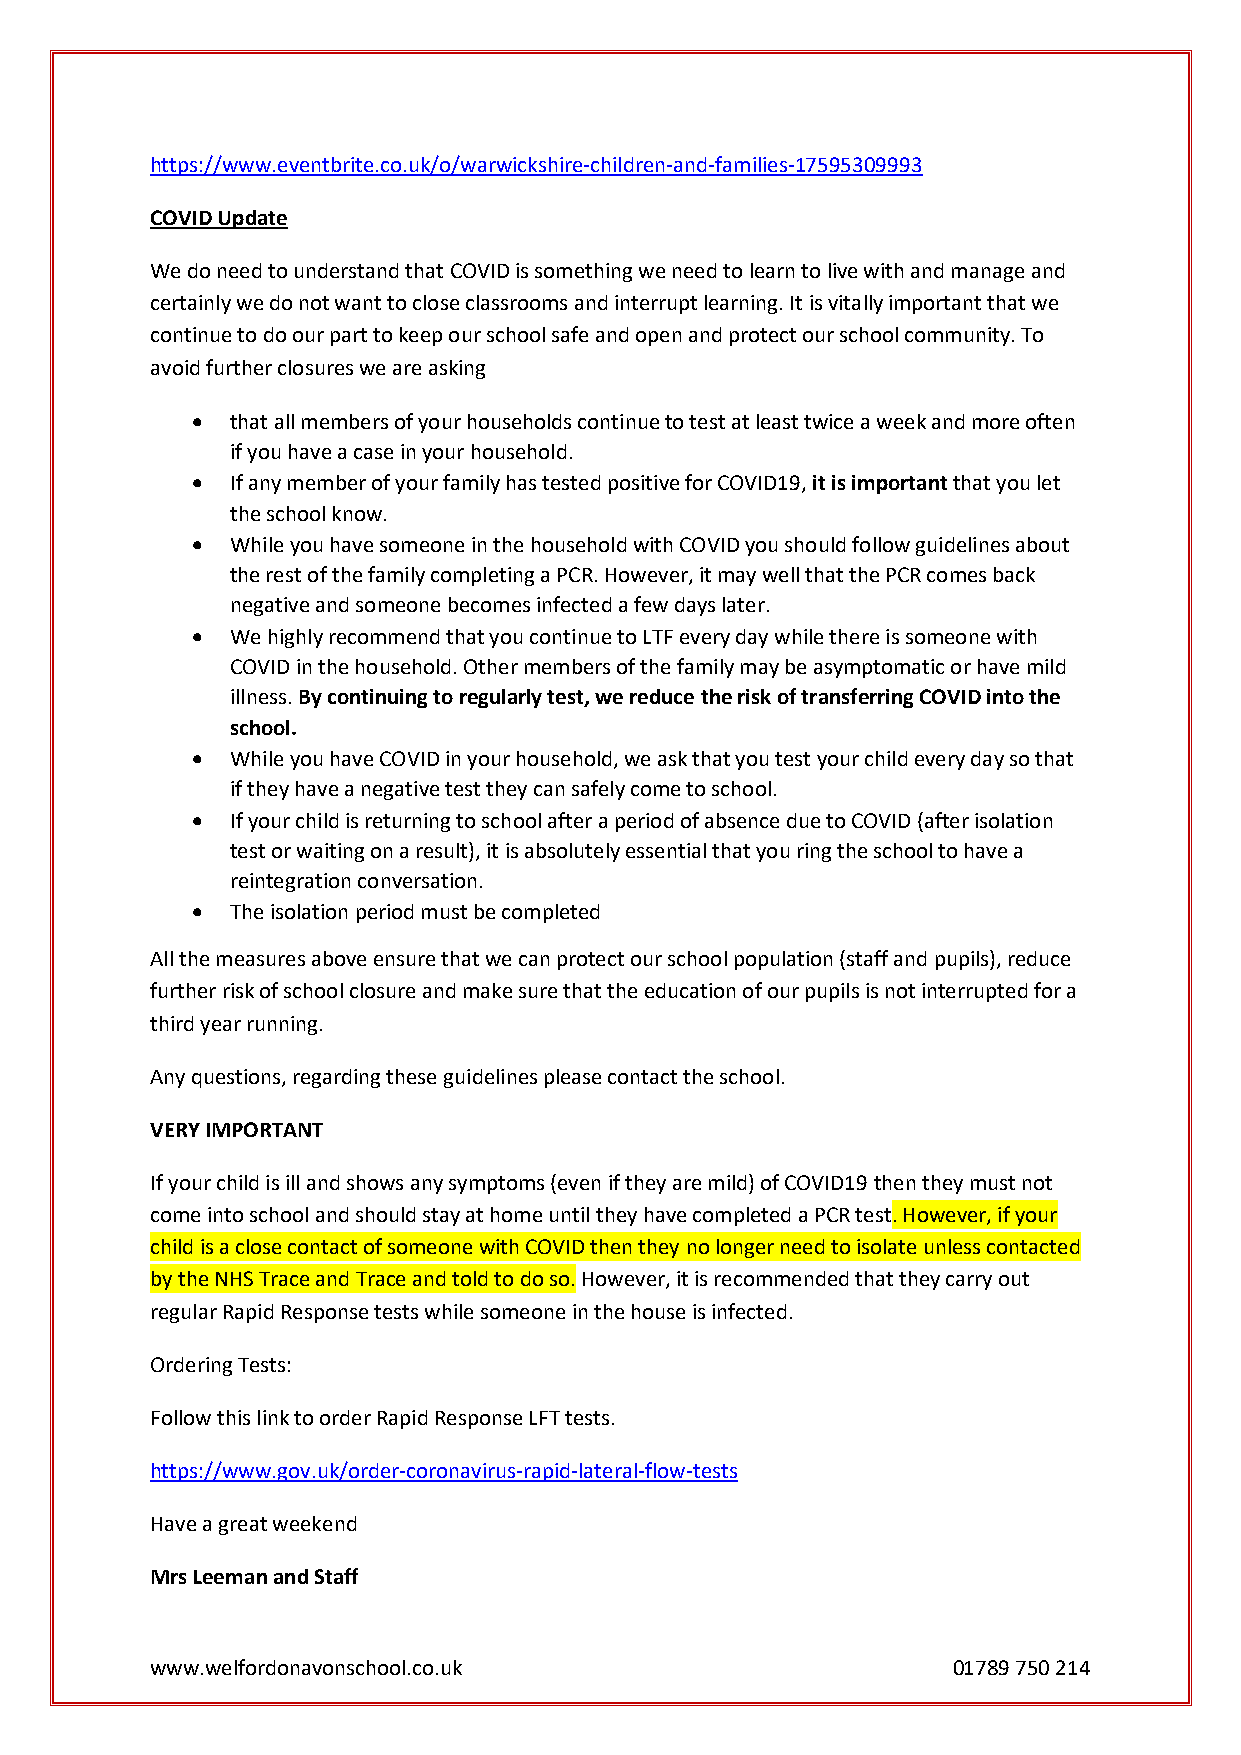
https://www.eventbrite.co.uk/o/warwickshire-children-and-families-17595309993
 COVID Update
 We do need to understand that COVID is something we need to learn to live with and manage and
 certainly we do not want to close classrooms and interrupt learning. It is vitally important that we
 continue to do our part to keep our school safe and open and protect our school community. To
 avoid further closures we are asking
  that all members of your households continue to test at least twice a week and more often
 if you have a case in your household.
  If any member of your family has tested positive for COVID19, it is important that you let
 the school know.
  While you have someone in the household with COVID you should follow guidelines about
 the rest of the family completing a PCR. However, it may well that the PCR comes back
 negative and someone becomes infected a few days later.
  We highly recommend that you continue to LTF every day while there is someone with
 COVID in the household. Other members of the family may be asymptomatic or have mild
 illness. By continuing to regularly test, we reduce the risk of transferring COVID into the
 school.
  While you have COVID in your household, we ask that you test your child every day so that
 if they have a negative test they can safely come to school.
  If your child is returning to school after a period of absence due to COVID (after isolation
 test or waiting on a result), it is absolutely essential that you ring the school to have a
 reintegration conversation.
  The isolation period must be completed
 All the measures above ensure that we can protect our school population (staff and pupils), reduce
 further risk of school closure and make sure that the education of our pupils is not interrupted for a
 third year running.
 Any questions, regarding these guidelines please contact the school.
 VERY IMPORTANT
 If your child is ill and shows any symptoms (even if they are mild) of COVID19 then they must not
 come into school and should stay at home until they have completed a PCR test. However, if your
 child is a close contact of someone with COVID then they no longer need to isolate unless contacted
 by the NHS Trace and Trace and told to do so. However, it is recommended that they carry out
 regular Rapid Response tests while someone in the house is infected.
 Ordering Tests:
 Follow this link to order Rapid Response LFT tests.
 https://www.gov.uk/order-coronavirus-rapid-lateral-flow-tests
 Have a great weekend
 Mrs Leeman and Staff
 www.welfordonavonschool.co.uk                        01789 750 214